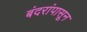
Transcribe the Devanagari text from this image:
बंदरांपासून